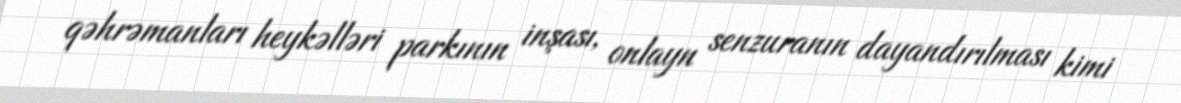
qəhrəmanları heykəlləri parkının inşası, onlayn senzuranın dayandırılması kimi